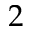
2